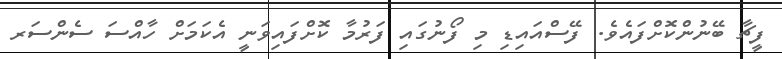
ފީޗާ ބޭނުންކޮށްފައެވެ. ފޭސްއައިޑި މި ފޯނުގައި ފަރުމާ ކޮށްފައިވަނީ އެކަމަށް ހާއްސަ ސެންސަރ